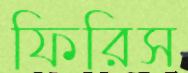
ফিরিস